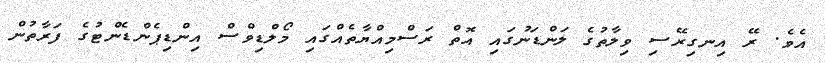
އެވެ. ރޭ އިނގިރޭސި ވިލާތުގެ ލަންޑަނުގައި އޮތް ރަސްމިއްޔާތެއްގައި މޯލްޑިވްސް އިންޑިޕެންޑެންޓުގެ ފަރާތުން